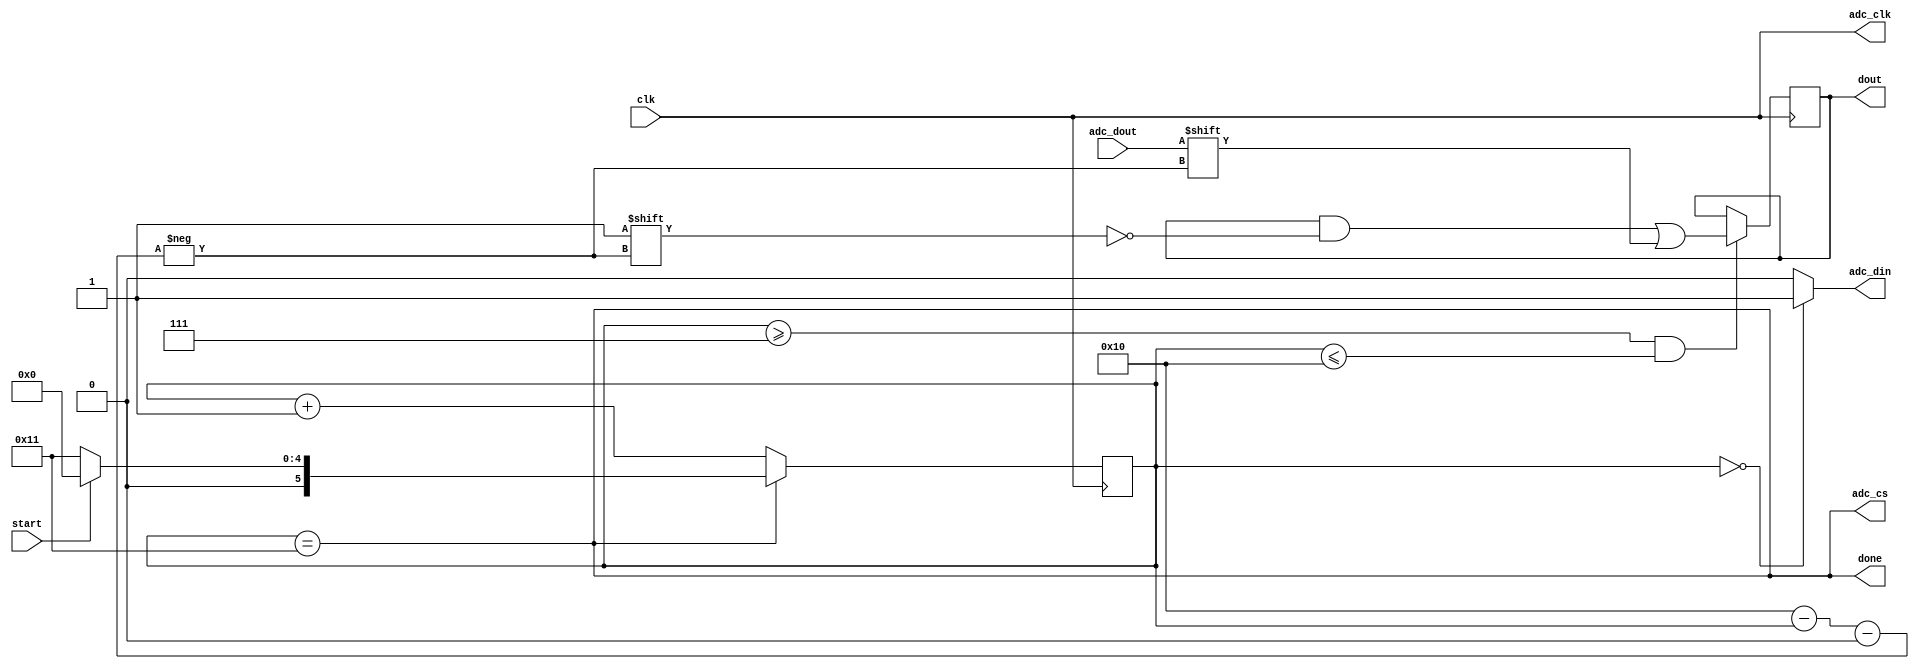
module adc(
    clk,
    start,
    done,
    dout,

    adc_cs,
    adc_clk,
    adc_din,
    adc_dout,
);

input clk;
input start;
output done;
output reg [9:0] dout;

output adc_cs;
output adc_clk;
output adc_din;
input adc_dout;

assign adc_clk = clk;

reg [5:0] state = 6'd17;

// State transition
always @ (negedge clk)
    if (state == 6'd17)
        if (start == 1'b1)
            state <= 0;
        else
            state <= 6'd17;
    else
        state <= state + 1;

// Output: ADC_CS
assign adc_cs = (state == 6'd17);

// Output: DONE
assign done = (state == 6'd17);

// Output: ADC_DIN
always @ (state)
    case (state)
        6'd0: adc_din <= 1; // Start bit = 1
        default: adc_din <= 0; // Differential mode, CH0 = IN+, CH1 = IN-
    endcase

// Process input: ADC_DOUT
always @ (negedge clk)
    if (state >= 6'd7 && state <= 6'd16)
        dout[6'd16 - state] <= adc_dout;

endmodule